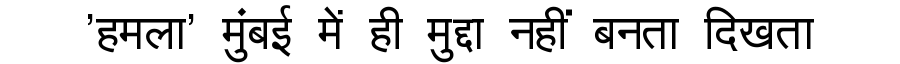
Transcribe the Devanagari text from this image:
'हमला' मुंबई में ही मुद्दा नहीं बनता दिखता